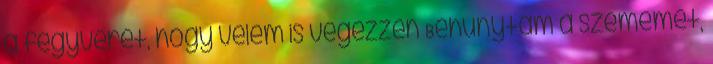
a fegyverét, hogy velem is végezzen Behunytam a szememet,